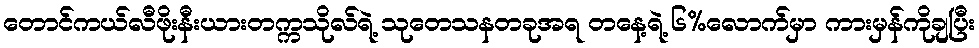
တောင်ကယ်လီဖိုးနီးယားတက္ကသိုလ်ရဲ့ သုတေသနတခုအရ တနေ့ရဲ့ ၆%လောက်မှာ ကားမှန်ကိုချပြီး